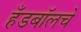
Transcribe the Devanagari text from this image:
हँडबॉलचे